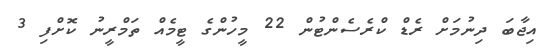
އިޖާބަ ދިނުމަށް ރެޑް ކްރެސެންޓުން 22 މީހުންގެ ޓީމެއް ތަމްރީނު ކޮށްފި 3